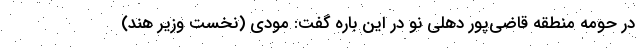
در حومه منطقه قاضی‌پور دهلی نو در این باره گفت: مودی (نخست وزیر هند)